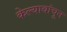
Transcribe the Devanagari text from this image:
केल्यावांचून